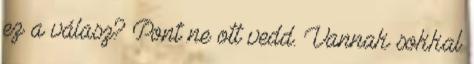
ez a válasz? Pont ne ott vedd. Vannak sokkal